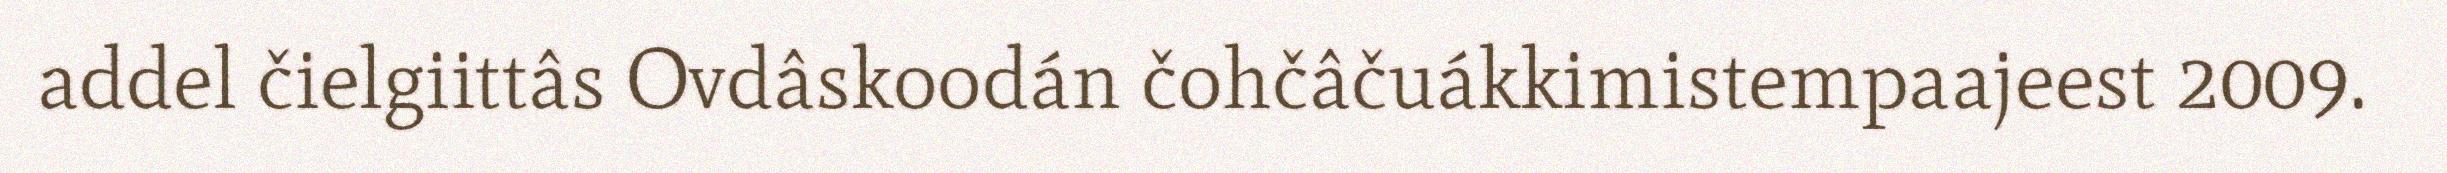
addel čielgiittâs Ovdâskoodán čohčâčuákkimistempaajeest 2009.